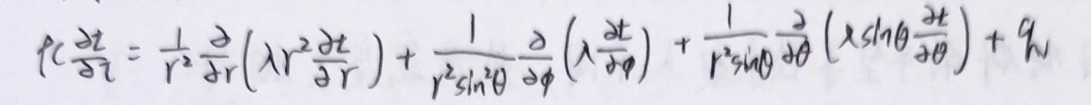
\[ \rho c \frac{\partial t}{\partial \tau}=\frac{1}{r^{2}} \frac{\partial}{\partial r}\left(\lambda r^{2} \frac{\partial t}{\partial r}\right)+\frac{1}{r^{2} \sin \theta} \frac{\partial}{\partial \varphi}\left(\lambda \frac{\partial t}{\partial \varphi}\right)+\frac{1}{r^{2} \sin \theta} \frac{\partial}{\partial \theta}\left(\lambda \sin \theta \frac{\partial t}{\partial \theta}\right)+q_{v} \]